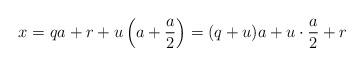
LaTeX: \begin{align*}x & = q a + r + u \left( a +\frac{a}{2} \right) = (q + u) a + u \cdot \frac{a}{2} + r\end{align*}